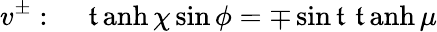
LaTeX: v^{\pm}:~~~~\operatorname{\mathfrak{t}anh}\chi\sin\phi=\mp\sin\mathfrak{t}\, \operatorname{\mathfrak{t}anh}\mu